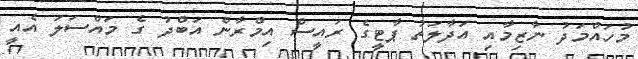
މުހައްމަދު ނާޒިމާއި އަދާލަތު ޕާޓީގެ ރައީސް އިމްރާން އަބްދު ގެ މައްސަލަ އެއީ